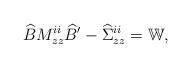
LaTeX: \begin{align*} \widehat BM_{z z}^{ii}\widehat B{}'-\widehat\Sigma_{z z}^{ii}=\mathbb{W},\end{align*}